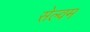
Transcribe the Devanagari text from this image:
सेल्वम